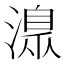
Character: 𣾄